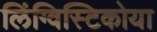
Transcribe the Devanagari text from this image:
लिंग्विस्टिकोया